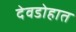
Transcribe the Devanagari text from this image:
देवडोहात